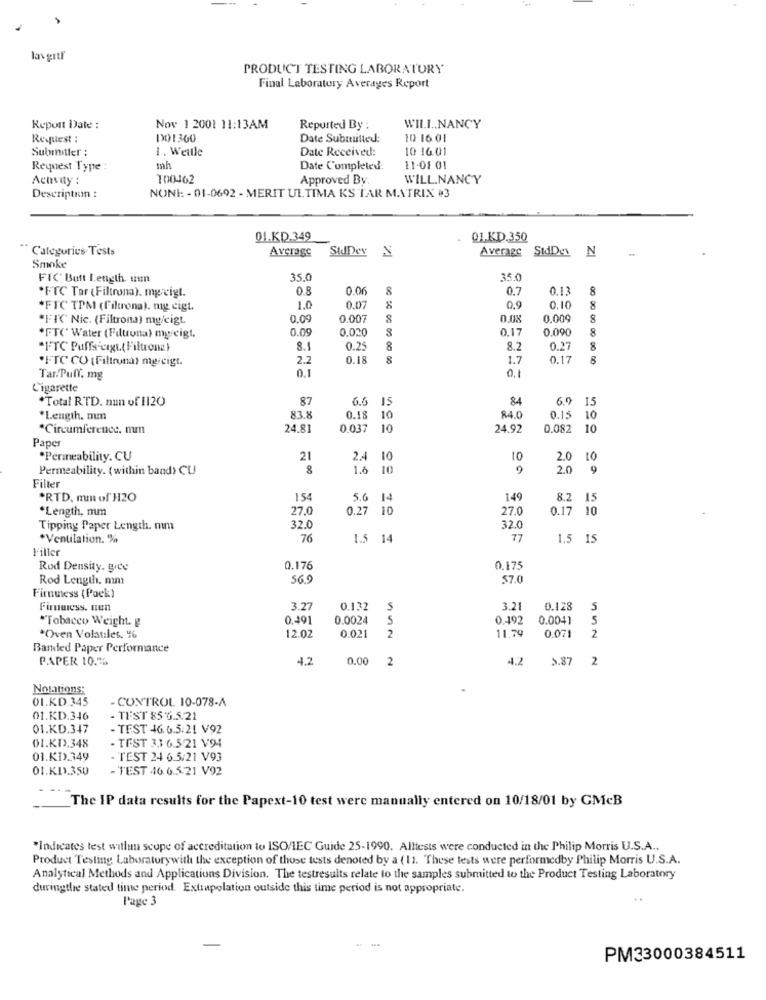
lav grtl
PRODUCT TESTING LABORATORY
Final Laboratory Averages Report
Report Date :
Nov 1 2001 11:13AM
Reported By :
WILL .. NANCY
Request :
DO1360
Date Submitted:
10 16.01
Submiter :
1 . Wetlle
Date Received:
10 16.01
Request Type :
mh
Date Completed:
11.01 01
Activity
100462
Approved By.
WILL.NANCY
Description :
NONI: - 01-0692 - MERIT ULTIMA KS TAR MATRIX #3
DI.KD.349
Q1.KD.350
Categories Tests
Average
StdDey
Average StdDes
N
Smoke
FIC Butt Length. un
35.0
350
*FTC Tar (Filtrona). mg.vigt.
0.06
8
0.7
0.13
8
*FTC TPM (Filtrona), mig cigt.
1.0
0.07
0,9
0,10
8
*FIC Nic. (Filtrona) my/cigt.
0.09
0.00
8
0.009
8
0.09
0.020
0.17
0.090
8
*FT(' Water (Filtrona) my/cigt,
*FTC Puffs cagt.( Filtrone)
8.
0.25
8
8.2
0.27
8
"FTC CO ( Filtruna) mg/cigt.
2.2
0.18
8
1.7
0.17
8
0.1
Tar.Puff. mg
Cigarette
*Total RTD. nun of H120
87
6.6 15
84
6.9
15
*Length. mm
83.8
0.18
10
84.0
0.15
10
*Circumference. mm
24.81
0.037
10
24.92
0.082
10
Paper
*Penneability. CU
21
2.4 10
10
2.0
10
Permeability. (within band> CU
8
1.6 10
9
2.0
9
Filter
*RTD. mm of H2O
154
5.6 14
149
8.2 15
*Length, mm
27.0
0.27 10
27.
0.17 10
Tipping Paper Length. mm
32.0
32.0
*Ventilation. %
76
1.5 14
77
1.5 15
Filter
Rod Density. gice
0.176
0.175
Rod Length. mint
569
57.0
Firmmess (Pack)
Firmuless. uun
3.27
0.132
S
3.21
0.128
5
"Tobacco Weight. g
0.491
0.0024
5
0.492
0.0041
S
11.79
2
"Oven Volatiles. %
12.02
0.021
2
0.071
Banded Paper Performance
PAPER 10.1%
4.2
0.00
2
4.2
5.87 2
Notations:
01.KD.345
- CONTROL 10-078-A
01.KD.346
- TEST 85 3.5.21
01.KD.347
- TEST 46.6.5.21 V92
01.KD.348
- TEST 3,1 6.5/21 V94
01.KD.349
- TEST 24 6.5.21 V93
01.KL.350
- TEST 46 6.5.21 V92
The IP data results for the Papext-10 test were manually entered on 10/18/01 by GMcB
*Indicates test withum scope of accreditation to ISO/IEC Guide 25-1990. Alltests were conducted in the Philip Morris U.S.A ..
Product Testing Laboratorywith the exception of those tests denoted by a (11. These tests were performedby Philip Morris U.S.A.
Analytical Methods and Applications Division. The testresults relate to the samples submitted to the Product Testing Laboratory
duringthe stated time period. Extrupolation outside this time period is not appropriate.
Page 3
..
- -
PM33000384511